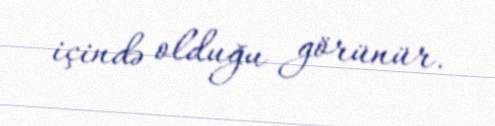
içində olduğu görünür.